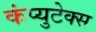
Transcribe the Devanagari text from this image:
कंप्युटेक्स